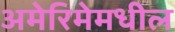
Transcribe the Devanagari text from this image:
अमेरिमेमधील